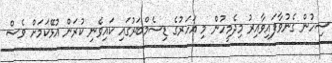
ސިހުން ގެނުވާފައިވާއިރު މިދެމީހުން މި އަހަރުގެ ޑިސެމްބަރުގައި ކައިވެނި ކުރަން އުޅޭކަމަށް ވެސް